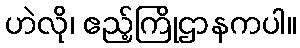
ဟဲလို၊ ဧည့်ကြိုဌာနကပါ။